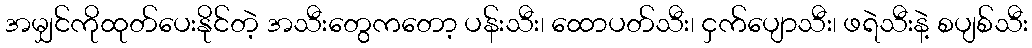
အမျှင်ကိုထုတ်ပေးနိုင်တဲ့ အသီးတွေကတော့ ပန်းသီး၊ ထောပတ်သီး၊ ငှက်ပျောသီး၊ ဖရဲသီးနဲ့ စပျစ်သီး